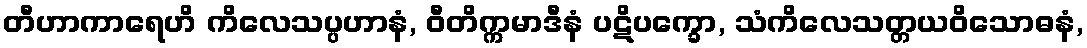
တီဟာကာရေဟိ ကိလေသပ္ပဟာနံ, ဝီတိက္ကမာဒီနံ ပဋိပက္ခော, သံကိလေသတ္တယဝိသောဓနံ,